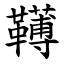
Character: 䪇